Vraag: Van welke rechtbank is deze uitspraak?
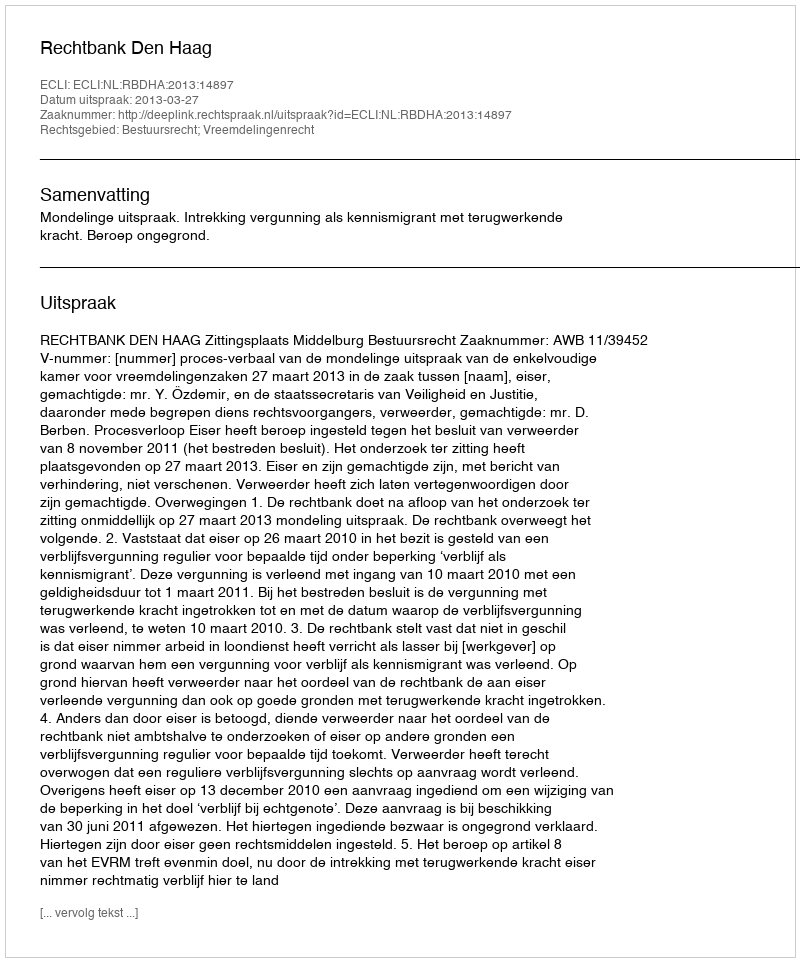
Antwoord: Rechtbank Den Haag